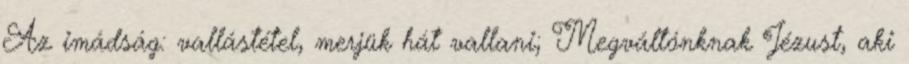
Az imádság: vallástétel, merjük hát vallani; Megváltónknak Jézust, aki